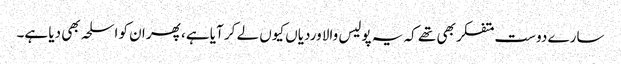
سارے دوست متفکر بھی تھے کہ یہ پولیس والا وردیاں کیوں لے کر آیا ہے، پھر ان کو اسلحہ بھی دیا ہے۔